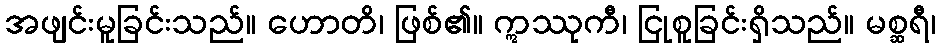
အဖျင်းမူခြင်းသည်။ ဟောတိ၊ ဖြစ်၏။ ဣဿုကီ၊ ငြုစူခြင်းရှိသည်။ မစ္ဆရီ၊